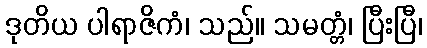
ဒုတိယ ပါရာဇိကံ၊ သည်။ သမတ္တံ၊ ပြီးပြီ၊